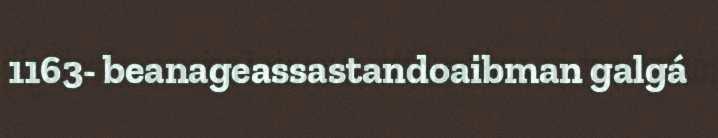
1163- beanageassastandoaibman galgá